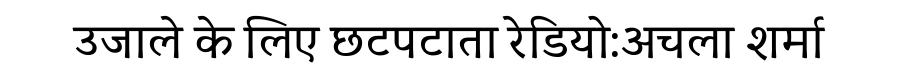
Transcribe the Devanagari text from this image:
उजाले के लिए छटपटाता रेडियो:अचला शर्मा